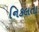
નિકલતા